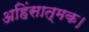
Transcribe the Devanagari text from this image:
अहिंसात्मक।